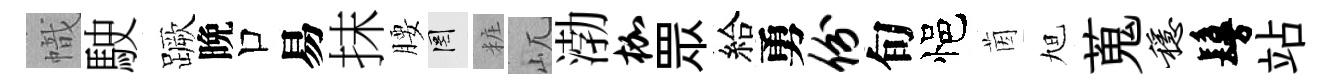
幟駛蹶晩口易抹腰罔粧屼渤枷眾給勇份旬悒茵旭蒐稳鬘站